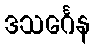
ဒသင်္ဂေန